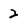
Character: 2